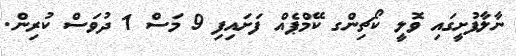
ނާލާފުށީގައި ވޮލީ ކޯޗިންގ ކޭމްޕެއް ފަށައިފި 9 މަސް 1 ދުވަސް ކުރިން.